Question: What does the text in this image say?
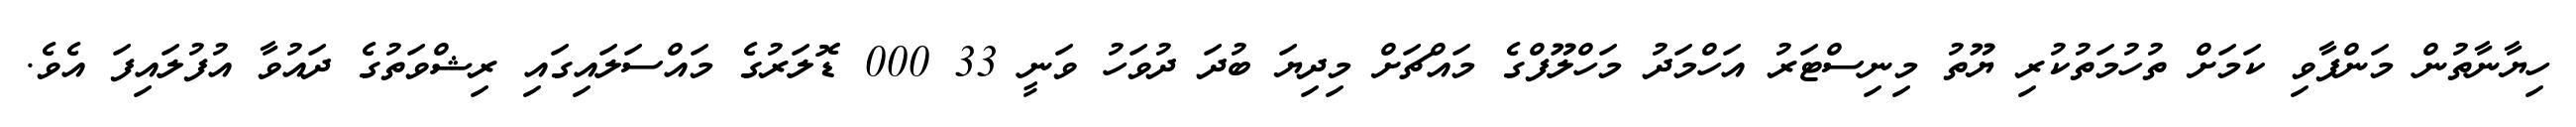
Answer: ހިޔާނާތުން މަންފާވި ކަމަށް ތުހުމަތުކުރި ޔޫތު މިނިސްޓަރު އަހްމަދު މަހްލޫފްގެ މައްޗަށް މިދިޔަ ބުދަ ދުވަހު ވަނީ 33 000 ޑޮލަރުގެ މައްސަލައިގައި ރިޝްވަތުގެ ދައުވާ އުފުލައިފަ އެވެ.